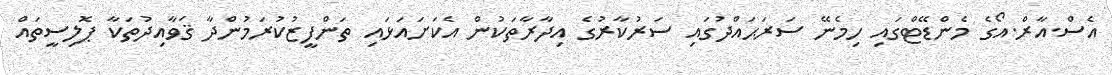
އެސް.އާރް.އޯގެ މެންޑޭޓްގައި ހިމެނޭ ސަރަޙައްދުގައި ސަރުކާރުގެ އިދާރާތަކުން އެކަށައަޅައި ތަންފީޒުކުރަމުންދާ ޤަވާއިދުތަކާ ޕޮލިސީތައް